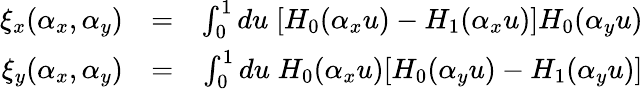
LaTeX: \begin{array}{rlr}{\xi_{x}(\alpha_{x},\alpha_{y})}&{=}&{\int_{0}^{1}du\; [H_{0}(\alpha_{x}u)-H_{1}(\alpha_{x}u)]H_{0}(\alpha_{y}u)}\\ {\xi_{y}(\alpha_{x},\alpha_{y})}&{=}&{\int_{0}^{1}du\; H_{0}(\alpha_{x}u)[H_{0}(\alpha_{y}u)-H_{1}(\alpha_{y}u)]}\end{array}